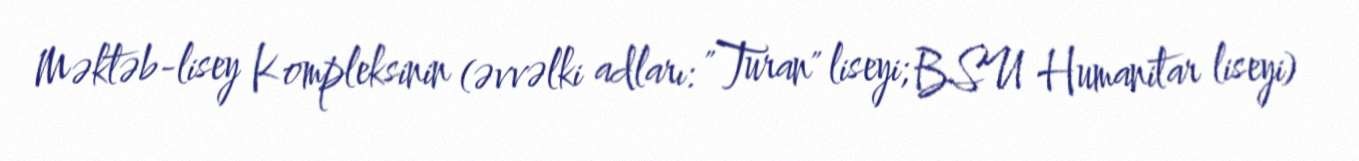
Məktəb-lisey Kompleksinin (əvvəlki adları: "Turan" liseyi; BSU Humanitar liseyi)